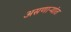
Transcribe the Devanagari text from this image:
असणाऱ्यांत